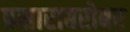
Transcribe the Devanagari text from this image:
प्रसाराबरोबर